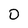
Character: 0